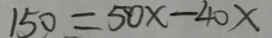
1 5 0 = 5 0 x - 4 0 x